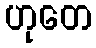
ဟုတေ